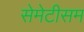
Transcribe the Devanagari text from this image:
सेमेटीसम